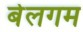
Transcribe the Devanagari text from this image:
बेलगम